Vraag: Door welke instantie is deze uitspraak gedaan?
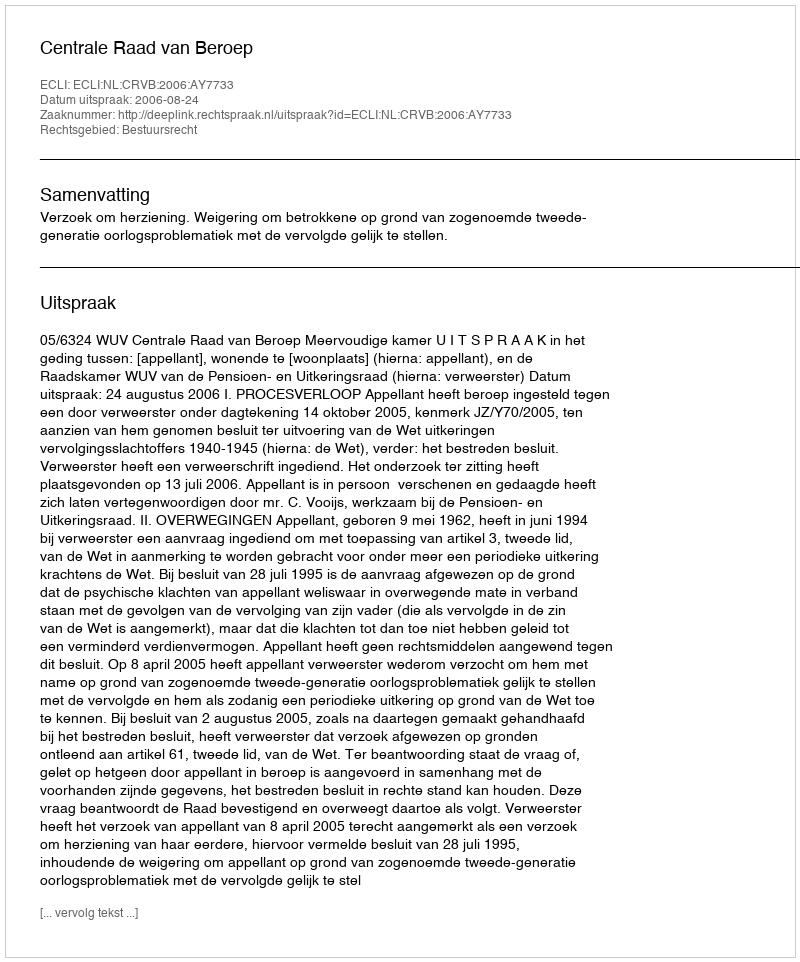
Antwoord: Centrale Raad van Beroep